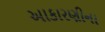
આકારણીના